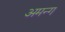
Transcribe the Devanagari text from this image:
अमन्ग